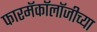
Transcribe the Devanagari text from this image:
फारमॅकॉलॉजीच्या